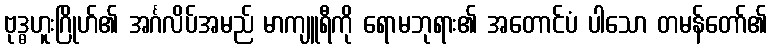
ဗုဒ္ဓဟူးဂြိုဟ်၏ အင်္ဂလိပ်အမည် မာကျူရီကို ရောမဘုရား၏ အတောင်ပံ ပါသော တမန်တော်၏